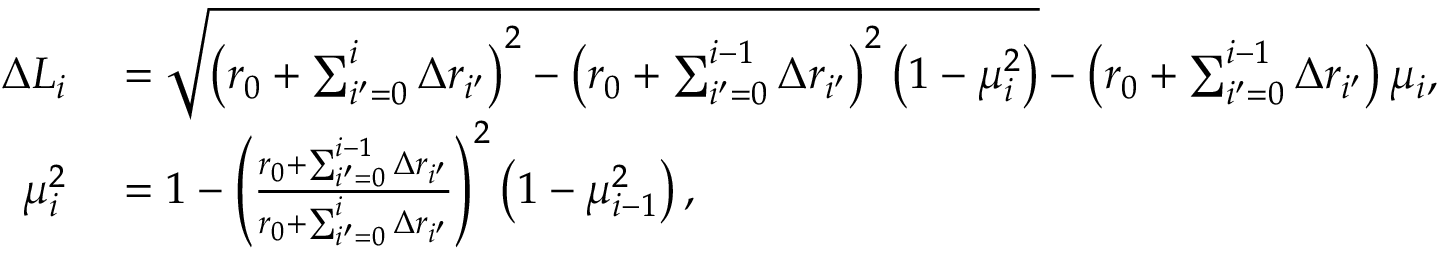
\begin{array} { r l } { \Delta L _ { i } } & { { } = \sqrt { \left( r _ { 0 } + \sum _ { i ^ { \prime } = 0 } ^ { i } \Delta r _ { i ^ { \prime } } \right) ^ { 2 } - \left( r _ { 0 } + \sum _ { i ^ { \prime } = 0 } ^ { i - 1 } \Delta r _ { i ^ { \prime } } \right) ^ { 2 } \left( 1 - \mu _ { i } ^ { 2 } \right) } - \left( r _ { 0 } + \sum _ { i ^ { \prime } = 0 } ^ { i - 1 } \Delta r _ { i ^ { \prime } } \right) \mu _ { i } , } \\ { \mu _ { i } ^ { 2 } } & { { } = 1 - \left( \frac { r _ { 0 } + \sum _ { i ^ { \prime } = 0 } ^ { i - 1 } \Delta r _ { i ^ { \prime } } } { r _ { 0 } + \sum _ { i ^ { \prime } = 0 } ^ { i } \Delta r _ { i ^ { \prime } } } \right) ^ { 2 } \left( 1 - \mu _ { i - 1 } ^ { 2 } \right) , } \end{array}